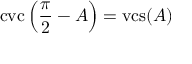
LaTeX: \operatorname { c v c } \left( { \frac { \pi } { 2 } } - A \right) = \operatorname { v c s } ( A )